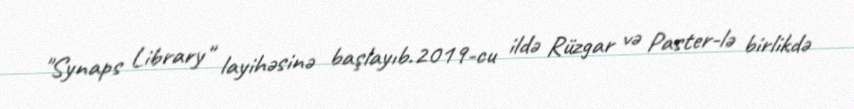
"Synaps Library" layihəsinə başlayıb.2019-cu ildə Rüzgar və Paster-lə birlikdə